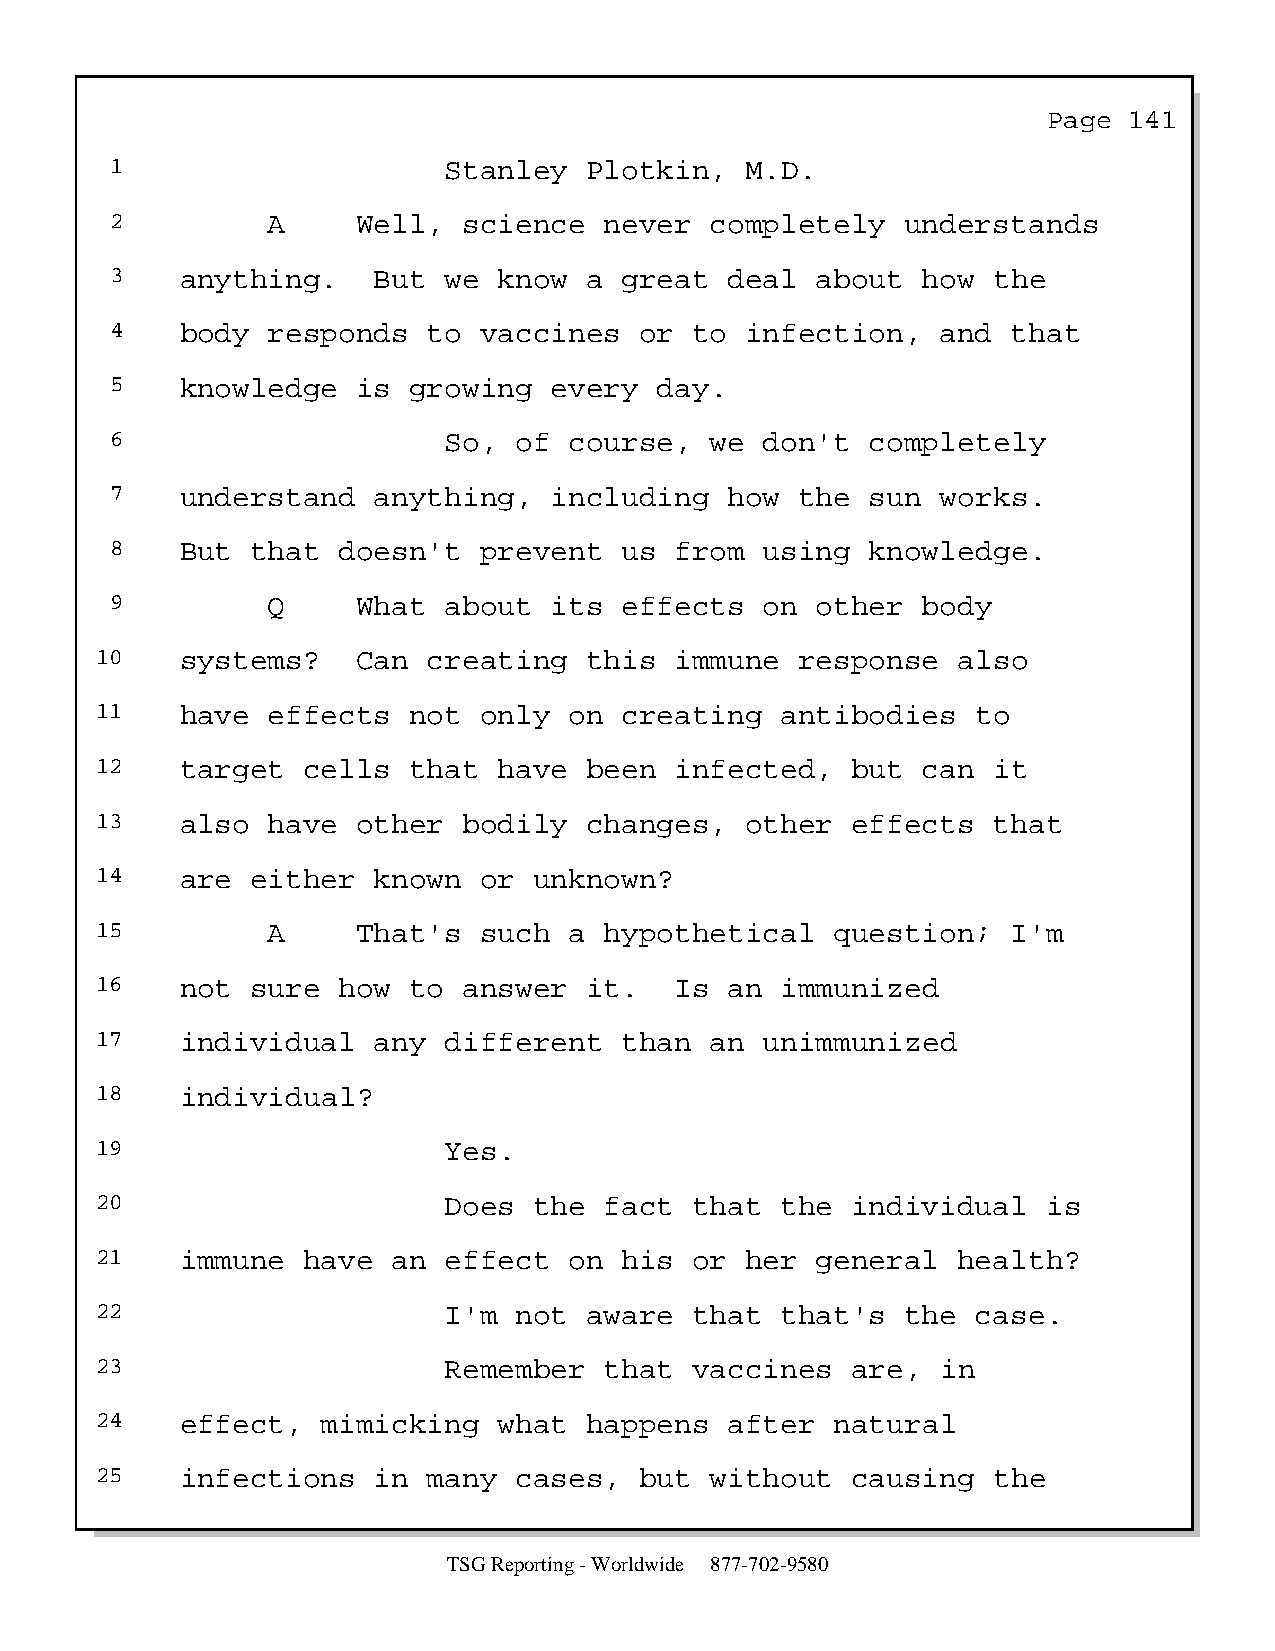
Page  141
 1                     Stanley   Plotkin,  M.D.
 2          A     Well,  science  never  completely   understands
 3    anything.    But we  know  a great  deal  about  how  the
 4    body  responds  to  vaccines  or  to infection,   and  that
 5    knowledge   is growing  every   day.
 6                     So,  of  course,  we  don't  completely
 7    understand   anything,  including   how  the  sun works.
 8    But  that doesn't   prevent  us  from  using  knowledge.
 9          Q     What about  its  effects   on other  body
 10    systems?    Can creating   this  immune  response  also
 11    have  effects  not  only  on creating   antibodies   to
 12    target  cells  that  have  been  infected,  but  can  it
 13    also  have  other  bodily  changes,  other  effects   that
 14    are  either  known  or unknown?
 15          A     That's  such  a hypothetical   question;   I'm
 16    not  sure how  to  answer  it.   Is an  immunized
 17    individual   any different   than  an  unimmunized
 18    individual?
 19                     Yes.
 20                     Does  the  fact  that  the individual   is
 21    immune  have  an effect   on his  or her  general  health?
 22                     I'm  not  aware  that  that's  the  case.
 23                     Remember   that  vaccines  are,  in
 24    effect,  mimicking   what  happens  after  natural
 25    infections   in many  cases,  but  without  causing   the
 TSG Reporting - Worldwide 877-702-9580